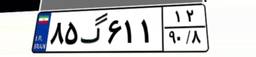
۲۵گ۴۴۰۷۱